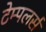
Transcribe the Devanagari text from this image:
टेम्पलर्स